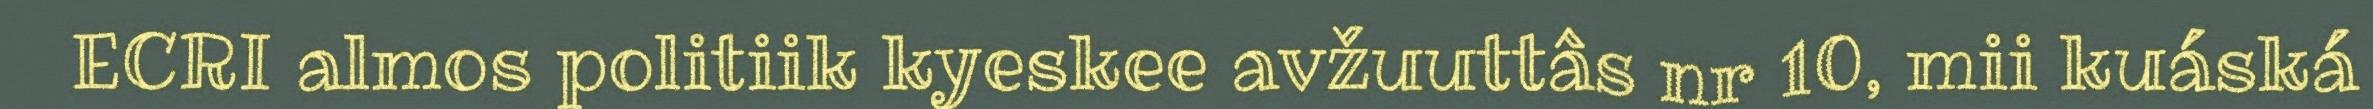
ECRI almos politiik kyeskee avžuuttâs nr 10, mii kuáská